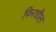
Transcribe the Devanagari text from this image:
फिरशील